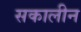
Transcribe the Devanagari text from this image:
सकालीन